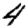
Digit: 4